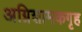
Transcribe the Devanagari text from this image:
अग्निशामकगृह